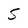
Character: 5